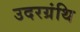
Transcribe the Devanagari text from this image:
उदरग्रंथि